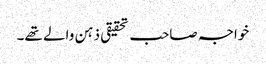
خواجہ صاحب تحقیقی ذہن والے تھے۔